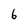
Character: 6